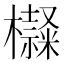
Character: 𣟍